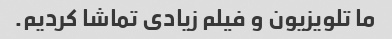
ما تلویزیون و فیلم زیادی تماشا کردیم.